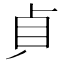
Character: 𭾛